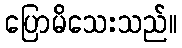
ပြောမိသေးသည်။